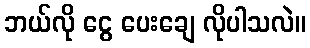
ဘယ်လို ငွေ ပေးချေ လိုပါသလဲ။